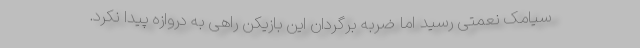
سیامک نعمتی رسید اما ضربه برگردان این بازیکن راهی به دروازه پیدا نکرد.